EELK_Kanepi_kogudus, lk 19
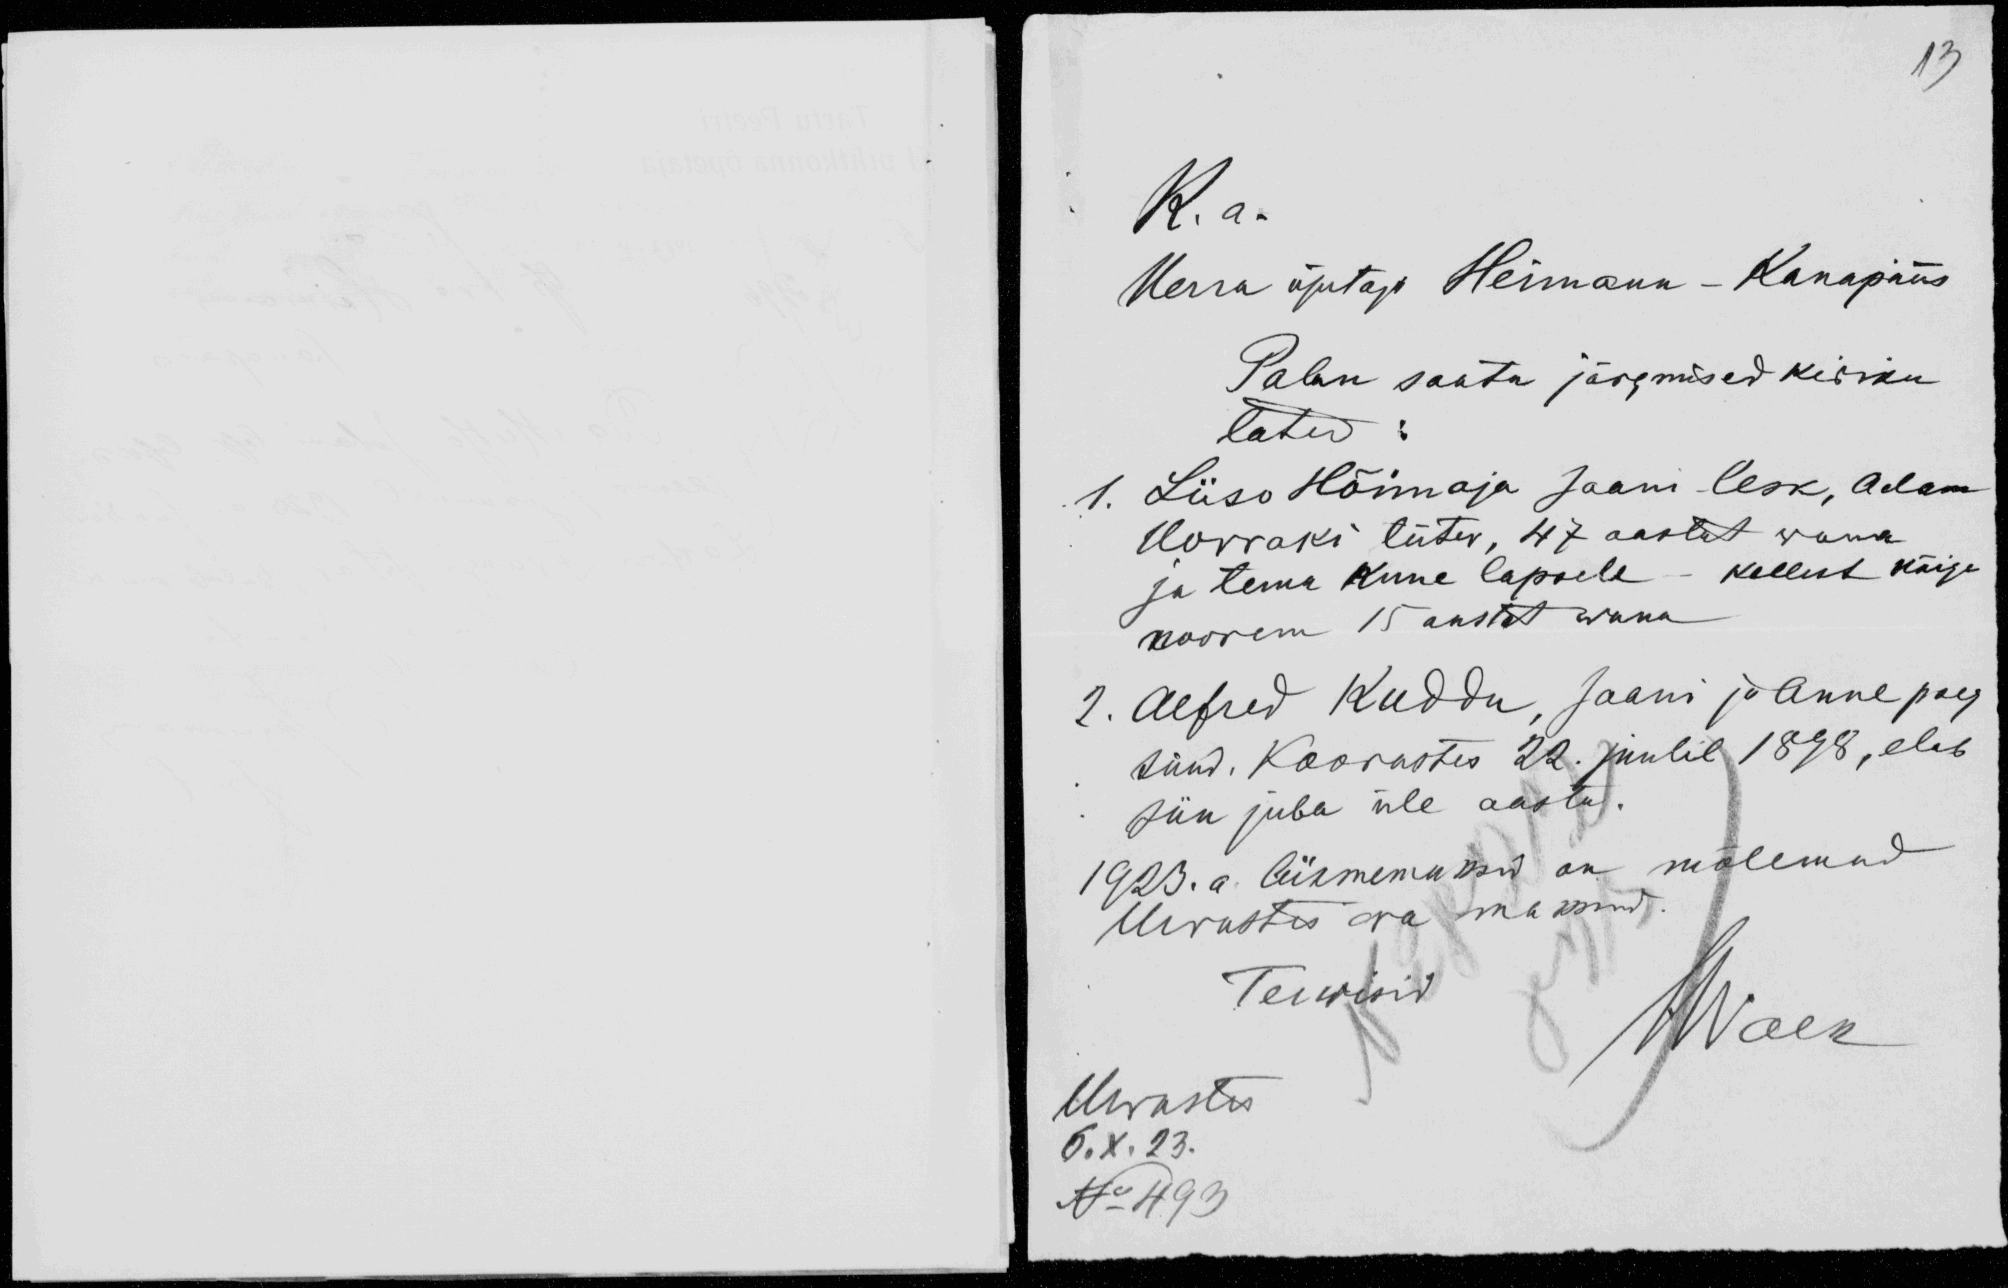
13
K. a.
Herra õpetaja Heimann-Kanapääs
Palun saata järgmised kiriku
latud:
1. Liiso Hõimoja Jaani lesk, Adam
Horraki tütar, 47 aastat wana
ja tema kuue lapsele - kellest kõige
noorem 15 aastat wana
2. Alfred Kuddu, Jaani ja Anne poeg
sünd. Koorastes 22. juulil 1898, elab
siin juba üle aasta.
1923. a. liikmemaksud on mõlemad
Urvastes ära maksnud.
Terwisid
Urvastes
6.X.23.
No 493